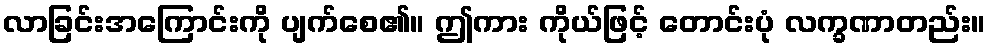
လာခြင်းအကြောင်းကို ပျက်စေ၏။ ဤကား ကိုယ်ဖြင့် တောင်းပုံ လက္ခဏာတည်း။